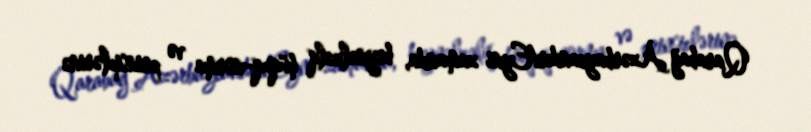
Qarabağ Azərbaycandır!Eyni zamanda, beynəlxalq hüquq-norma və prinsiplərinə